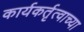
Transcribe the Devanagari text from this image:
कार्यकर्तृत्वाच्या